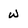
Character: w